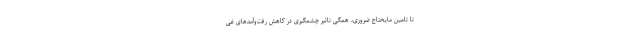
تا تامین مایحتاج ضروری، همگی تاثیر چشمگیری در کاهش رفت‌وآمدهای غی